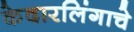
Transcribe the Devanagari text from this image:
केदारलिंगाचे